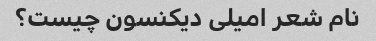
نام شعر امیلی دیکنسون چیست؟